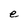
Character: e